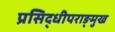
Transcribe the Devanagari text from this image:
प्रसिद्धीपराङ्‌मुख